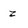
Character: z